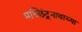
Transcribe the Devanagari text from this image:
मच्छिंद्र्नाथाच्या